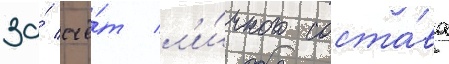
за́ счё́т л'и́чного соста́ва